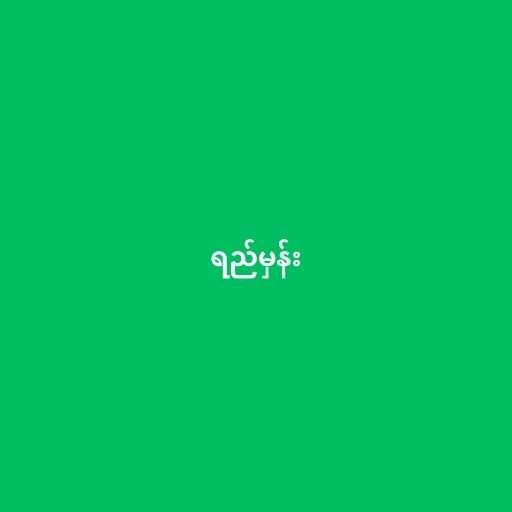
ရည်မှန်း